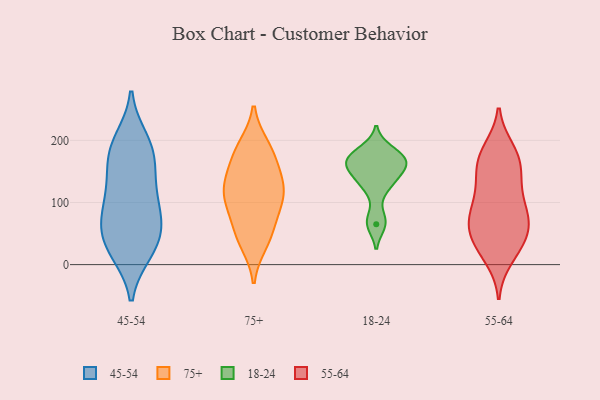
{"axis": {"x": "Inventory Turnover", "y": "Value"}, "legend": ["18-24", "45-54", "55-64", "75+"], "data": [{"x": "", "y": 43, "type": "45-54"}, {"x": "", "y": 70, "type": "45-54"}, {"x": "", "y": 200, "type": "45-54"}, {"x": "", "y": 22, "type": "45-54"}, {"x": "", "y": 123, "type": "45-54"}, {"x": "", "y": 29, "type": "45-54"}, {"x": "", "y": 21, "type": "45-54"}, {"x": "", "y": 89, "type": "45-54"}, {"x": "", "y": 120, "type": "45-54"}, {"x": "", "y": 192, "type": "45-54"}, {"x": "", "y": 176, "type": "45-54"}, {"x": "", "y": 69, "type": "45-54"}, {"x": "", "y": 73, "type": "45-54"}, {"x": "", "y": 148, "type": "45-54"}, {"x": "", "y": 180, "type": "45-54"}, {"x": "", "y": 103, "type": "75+"}, {"x": "", "y": 35, "type": "75+"}, {"x": "", "y": 148, "type": "75+"}, {"x": "", "y": 190, "type": "75+"}, {"x": "", "y": 99, "type": "75+"}, {"x": "", "y": 90, "type": "75+"}, {"x": "", "y": 175, "type": "75+"}, {"x": "", "y": 128, "type": "75+"}, {"x": "", "y": 184, "type": "75+"}, {"x": "", "y": 52, "type": "75+"}, {"x": "", "y": 48, "type": "75+"}, {"x": "", "y": 122, "type": "75+"}, {"x": "", "y": 128, "type": "75+"}, {"x": "", "y": 129, "type": "18-24"}, {"x": "", "y": 184, "type": "18-24"}, {"x": "", "y": 168, "type": "18-24"}, {"x": "", "y": 65, "type": "18-24"}, {"x": "", "y": 168, "type": "18-24"}, {"x": "", "y": 71, "type": "18-24"}, {"x": "", "y": 175, "type": "18-24"}, {"x": "", "y": 163, "type": "18-24"}, {"x": "", "y": 157, "type": "18-24"}, {"x": "", "y": 127, "type": "18-24"}, {"x": "", "y": 147, "type": "18-24"}, {"x": "", "y": 181, "type": "55-64"}, {"x": "", "y": 185, "type": "55-64"}, {"x": "", "y": 100, "type": "55-64"}, {"x": "", "y": 60, "type": "55-64"}, {"x": "", "y": 72, "type": "55-64"}, {"x": "", "y": 55, "type": "55-64"}, {"x": "", "y": 67, "type": "55-64"}, {"x": "", "y": 132, "type": "55-64"}, {"x": "", "y": 161, "type": "55-64"}, {"x": "", "y": 133, "type": "55-64"}, {"x": "", "y": 32, "type": "55-64"}, {"x": "", "y": 161, "type": "55-64"}, {"x": "", "y": 11, "type": "55-64"}, {"x": "", "y": 81, "type": "55-64"}, {"x": "", "y": 108, "type": "55-64"}, {"x": "", "y": 73, "type": "55-64"}, {"x": "", "y": 171, "type": "55-64"}, {"x": "", "y": 24, "type": "55-64"}, {"x": "", "y": 34, "type": "55-64"}]}